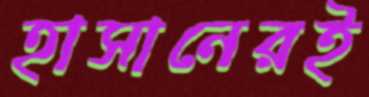
হাসানেরই